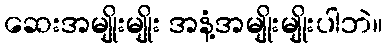
ဆေးအမျိုးမျိုး အနံ့အမျိုးမျိုးပါဘဲ။